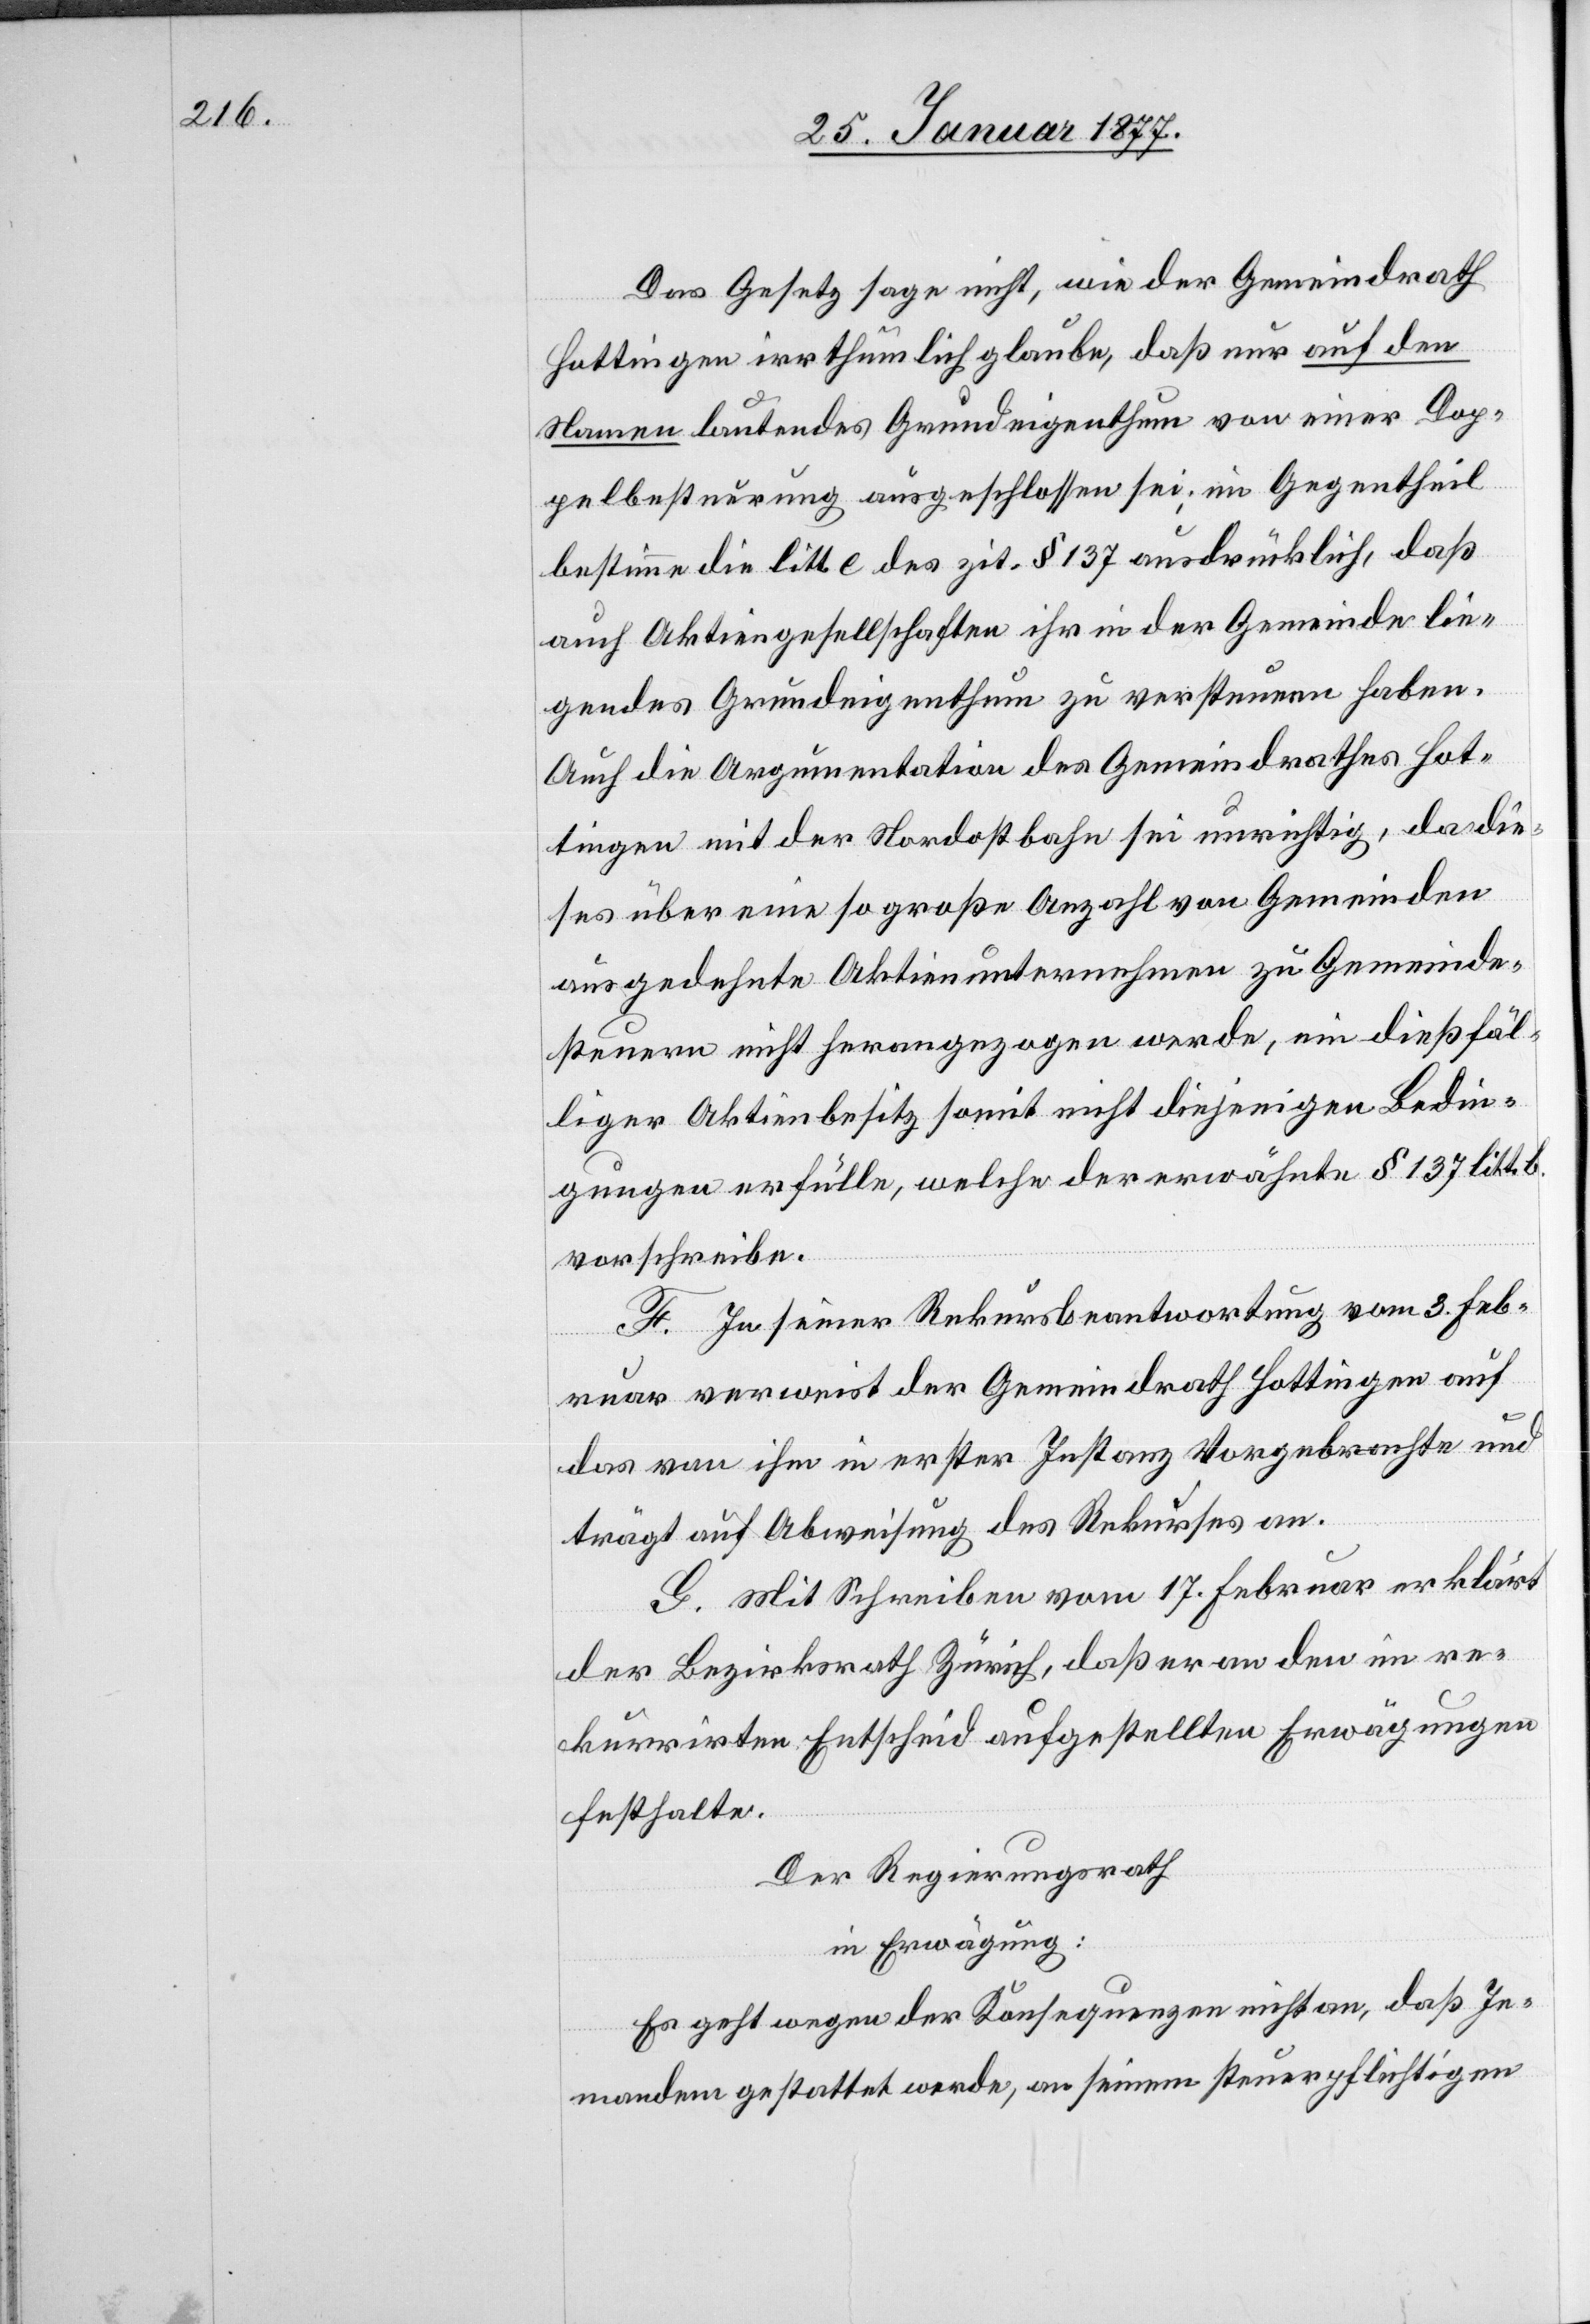
Das Gesetz sage nicht, wie der Gemeindrath
Hottingen irrthümlich glaube, daß nur auf den
Namen lautendes Grundeigenthum von einer Dop¬
pelbesteuerung ausgeschlossen sei; im Gegentheil
bestimme litt. e des zit. § 137 ausdrücklich, daß
auch Aktiengesellschaften ihr in der Gemeinde lie¬
gendes Grundeigenthum zu versteuern haben.
Auch die Argumentation des Gemeindrathes Hot¬
tingen mit der Nordostbahn sei unrichtig, da die¬
ses über eine so große Anzahl von Gemeinden
ausgedehnte Aktienunternehmen zu Gemeinde¬
steuern nicht herangezogen werde, ein dießfäl¬
liger Aktienbesitz somit nicht diejenigen Bedin¬
gungen erfülle, welche der erwähnte § 137 litt. b
vorschreibe.
F. In seiner Rekursbeantwortung vom 3. Feb¬
ruar verweist der Gemeindrath Hottingen auf
das von ihm in erster Instanz Vorgebrachte und
trägt auf Abweisung des Rekurses an.
G. Mit Schreiben vom 17. Februar erklärt
der Bezirksrath Zürich, daß er an den im re¬
kurrirten Entscheid aufgestellten Erwägungen
festhalte.
Der Regierungsrath
in Erwägung:
Es geht wegen der Konsequenzen nicht an, daß Je¬
mandem gestattet werde, an seinem steuerpflichtigen